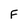
Character: F